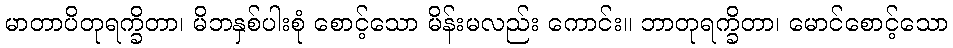
မာတာပိတုရက္ခိတာ၊ မိဘနှစ်ပါးစုံ စောင့်သော မိန်းမလည်း ကောင်း။ ဘာတုရက္ခိတာ၊ မောင်စောင့်သော